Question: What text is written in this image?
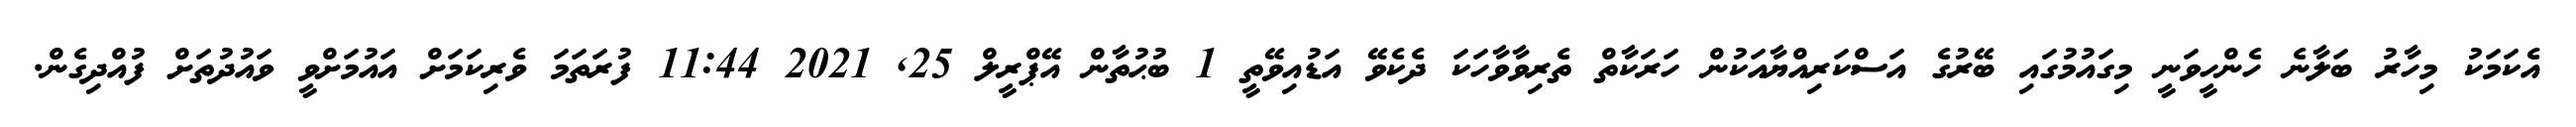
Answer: އެކަމަކު މިހާރު ބަލާނެ ހެންހީވަނީ މިގައުމުގައި ބޭރުގެ އަސްކަރިއްޔާއަކުން ހަރަކާތް ތެރިވާވާހަކަ ދެކެވޭ އަޑުއިވޭތީ 1 ބުޙުތާން އޭޕްރީލް 25, 2021 11:44 ފުރަތަމަ ވެރިކަމަށް އައުމަށްވީ ވައުދުތަށް ފުއްދިގެން.